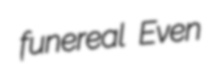
funereal Even